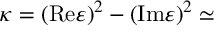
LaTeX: \kappa = ( \mathrm { R e } \varepsilon ) ^ { 2 } - ( \mathrm { I m } \varepsilon ) ^ { 2 } \simeq